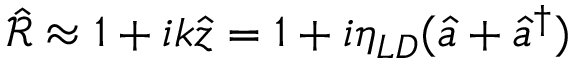
\hat { \mathcal { R } } \approx 1 + i k \hat { z } = 1 + i \eta _ { L D } ( \hat { a } + \hat { a } ^ { \dag } )